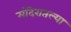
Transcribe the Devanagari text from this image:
मंदिरातल्या